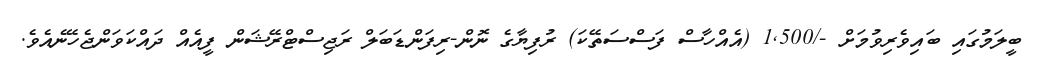
ބީލަމުގައި ބައިވެރިވުމަށް -/1